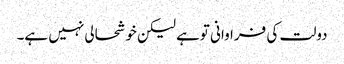
دولت کی فراوانی توہے لیکن خوشحالی نہیں ہے۔